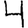
Digit: 4